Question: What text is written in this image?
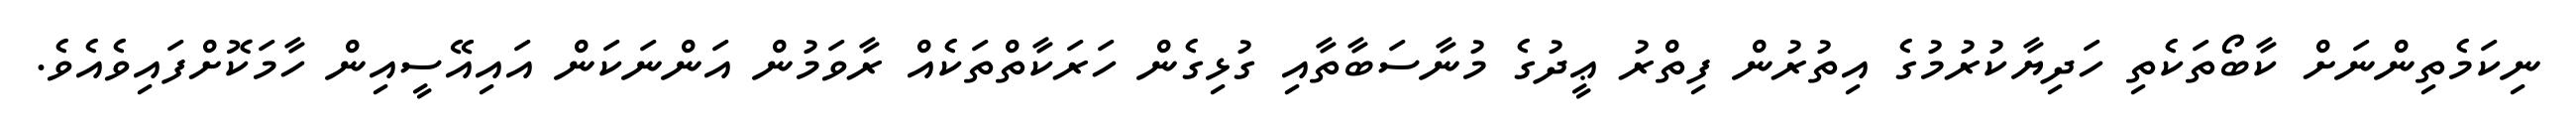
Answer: ނިކަމެތިންނަށް ކާބޯތަކެތި ހަދިޔާކުރުމުގެ އިތުރުން ފިތްރު ޢީދުގެ މުނާސަބާތާއި ގުޅިގެން ހަރަކާތްތަކެއް ރާވަމުން އަންނަކަން އައިއޭސީއިން ހާމަކޮށްފައިވެއެވެ.